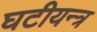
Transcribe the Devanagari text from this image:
घटीयन्त्र